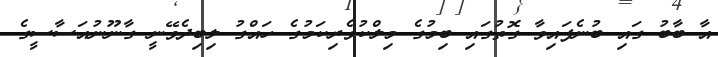
އާ ބާބު ގައި ބުނެފައިވާ ގޮތުގައި ބިމުގެ މިލްކުވެރިކަމުގެ ހައްގު ލިބިދެވޭނީ ގާނޫނުއަސާސީގެ